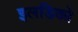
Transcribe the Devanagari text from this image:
इलडिको